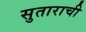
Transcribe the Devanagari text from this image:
सुताराची